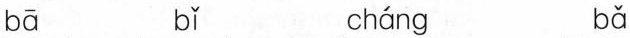
bā bǐ cháng bǎ